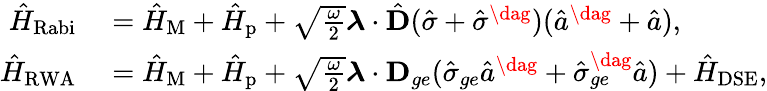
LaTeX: \begin{array}{rl}{\hat{H}_{\mathrm{Rabi}}}&{{}=\hat{H}_{\mathrm{M}}+\hat{H}_{\mathrm{p}}+\sqrt{\frac{\omega}{2}}\boldsymbol{\lambda}\cdot\hat{\mathbf{D}}(\hat{\sigma}+\hat{\sigma}^{\dag})(\hat{a}^{\dag}+\hat{a}),}\\ {\hat{H}_{\mathrm{RWA}}}&{{}=\hat{H}_{\mathrm{M}}+\hat{H}_{\mathrm{p}}+\sqrt{\frac{\omega}{2}}\boldsymbol{\lambda}\cdot\mathbf{D}_{ge}(\hat{\sigma}_{ge}\hat{a}^{\dag}+\hat{\sigma}_{ge}^{\dag}\hat{a})+\hat{H}_{\mathrm{DSE}},}\end{array}